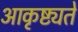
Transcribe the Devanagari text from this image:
आकृष्ट्यते